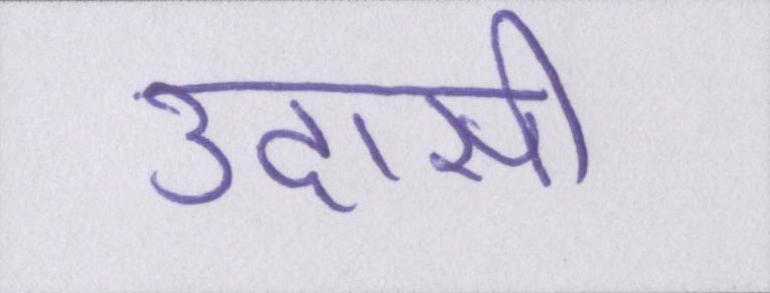
उदासी